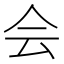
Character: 会